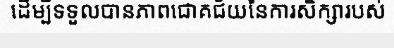
ដើម្បីទទួលបានភាពជោគជ័យនៃការសិក្សារបស់